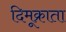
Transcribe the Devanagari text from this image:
दिमूक्राता